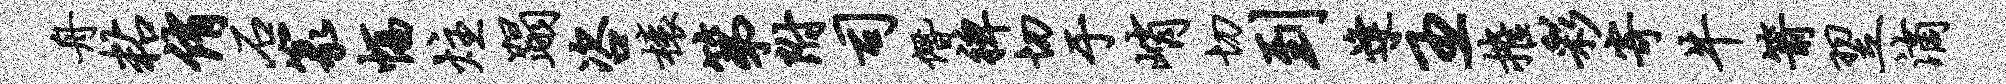
舟粘侑石篆幅炷蹋咨榱第附司僭裨切于峭切到逢主摧彩寄牛箭翌滴